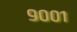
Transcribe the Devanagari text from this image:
९००१